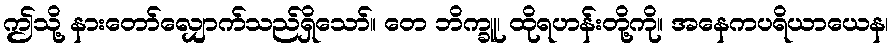
ဤသို့ နားတော်လျှောက်သည်ရှိသော်။ တေ ဘိက္ခူ၊ ထိုရဟန်းတို့ကို။ အနေကပရိယာယေန၊